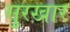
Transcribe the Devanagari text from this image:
सुरखार